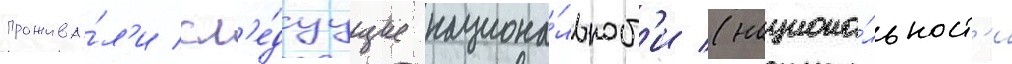
прожива́л'и сл'е́дуущие национа́льност'и (национа́льност'и